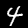
Digit: 4